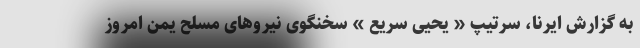
به گزارش ایرنا، سرتیپ « یحیی سریع » سخنگوی نیروهای مسلح یمن امروز